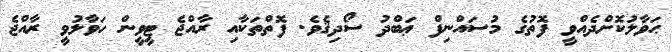
ޙަވާލުކޮށްދެއްވީ ފޮތުގެ މުސައްނިފް ޢަބްދު ސޯދިޤެވެ. ފޮތްތަކާއި ރާއްޖެ ޓީވީން ހަވާލުވީ ރާއްޖެ